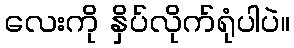
လေးကို နှိပ်လိုက်ရုံပါပဲ။